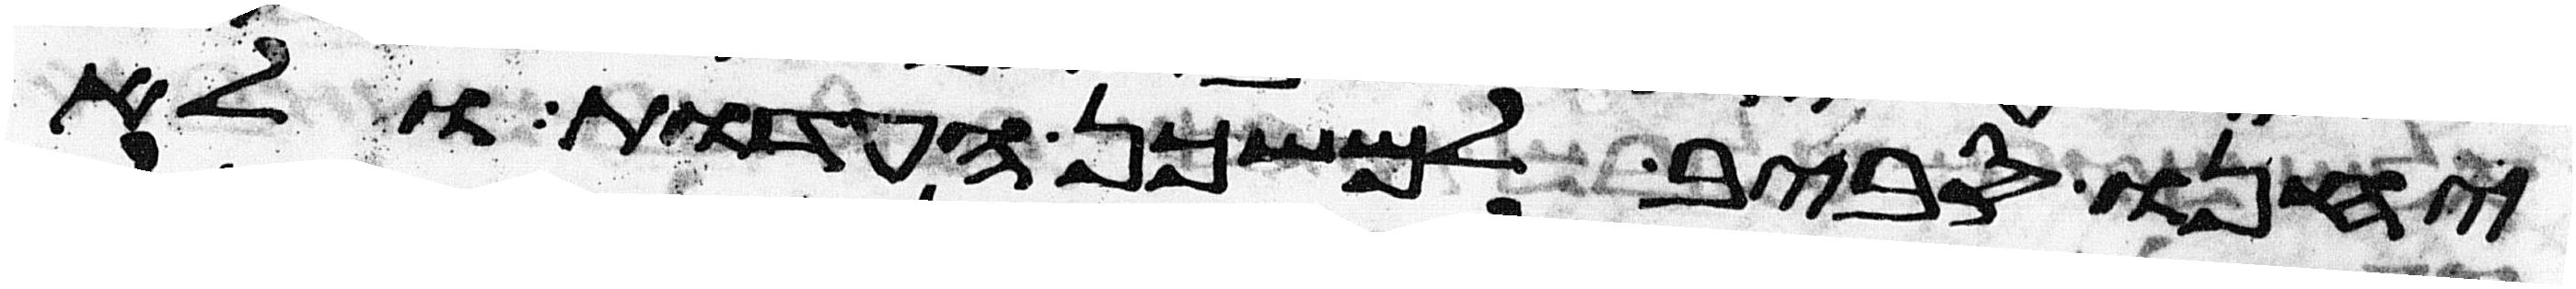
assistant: יחנו סביב למשכן העדות ולא